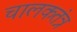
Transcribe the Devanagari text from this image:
चालकतंत्र